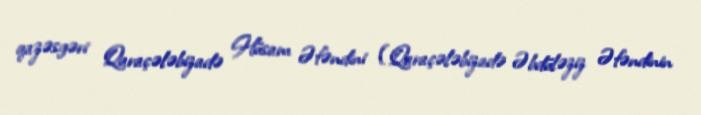
qazəsgəri Qaraçələbizadə Hüsam Əfəndini (Qaraçələbizadə Əbdüləziz Əfəndinin